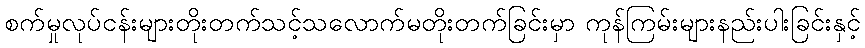
စက်မှုလုပ်ငန်းများတိုးတက်သင့်သလောက်မတိုးတက်ခြင်းမှာ ကုန်ကြမ်းများနည်းပါးခြင်းနှင့်